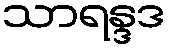
သာရန္ဒဒ